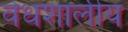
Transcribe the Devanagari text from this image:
वेधशालीय